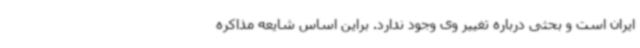
ایران است و بحثی درباره تغییر وی وجود ندارد. براین اساس شایعه مذاکره